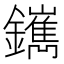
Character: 䥴